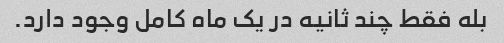
بله فقط چند ثانیه در یک ماه کامل وجود دارد.